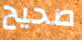
صحيح